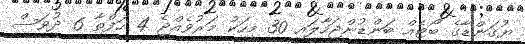
ޔުގަންޑާގެ ބޯޓެއް ބަންޑުންޖަހާލައި 30 މީހަކު މަރުވެއްޖެ 4 ހަފްތާ 6 ދުވަސް